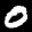
Label: 0